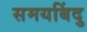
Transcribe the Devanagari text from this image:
समयबिंदु